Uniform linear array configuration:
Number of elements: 32
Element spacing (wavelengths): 1
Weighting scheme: blackman
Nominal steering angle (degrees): -15
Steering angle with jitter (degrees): -14.158
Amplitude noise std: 0.05
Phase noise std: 0.05

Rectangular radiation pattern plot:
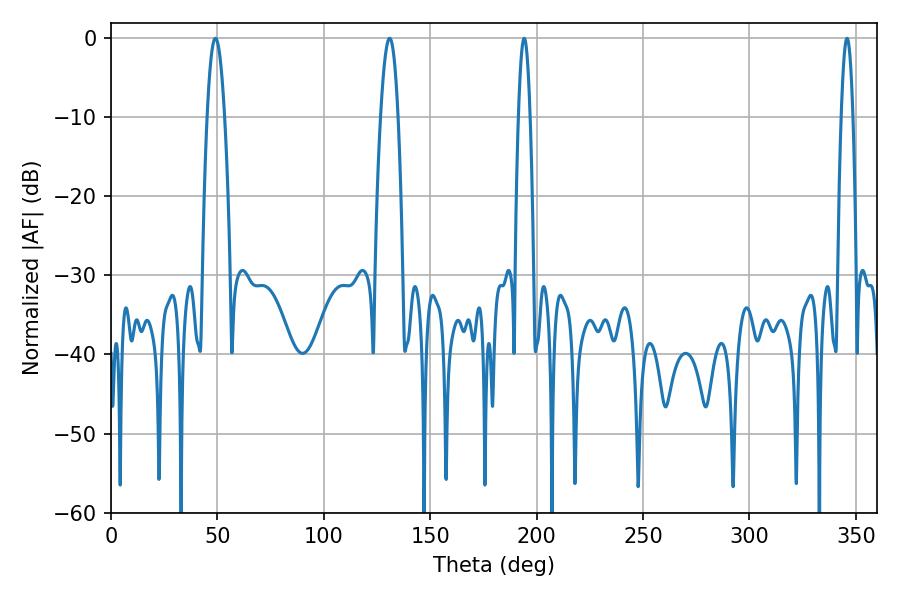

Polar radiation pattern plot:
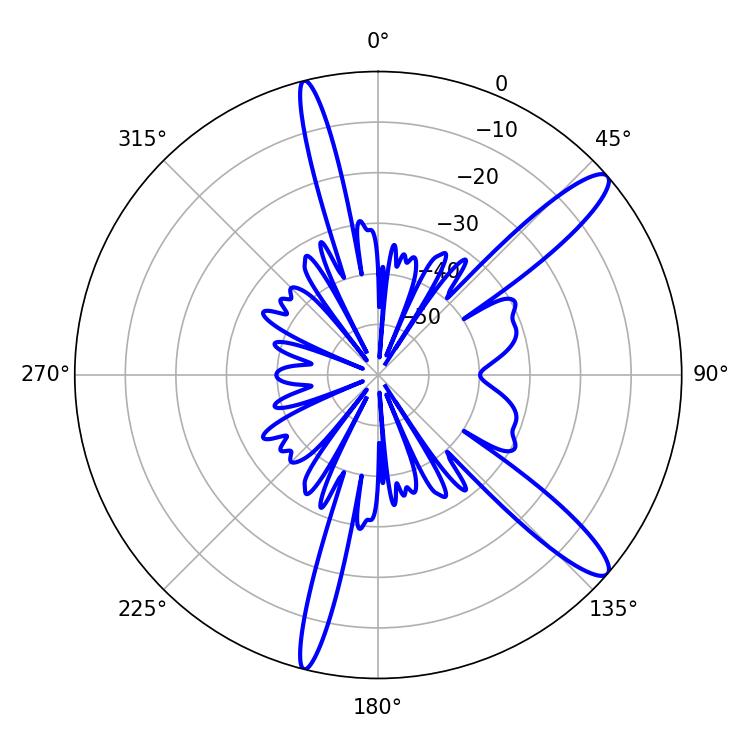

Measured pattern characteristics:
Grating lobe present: TRUE
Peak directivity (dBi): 12.954
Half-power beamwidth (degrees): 4.32
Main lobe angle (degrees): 49.14